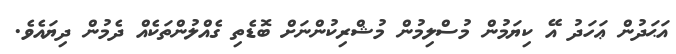
އަޙަދުން ޢަހަދު އޭ ކިޔަމުން މުސްލިމުން މުޝްރިކުންނަށް ބޮޑެތި ގެއްލުންތަކެއް ދެމުން ދިޔައެވެ.